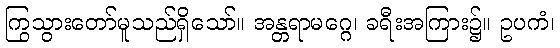
ကြွသွားတော်မူသည်ရှိသော်။ အန္တရာမဂ္ဂေ၊ ခရီးအကြား၌။ ဥပကံ၊